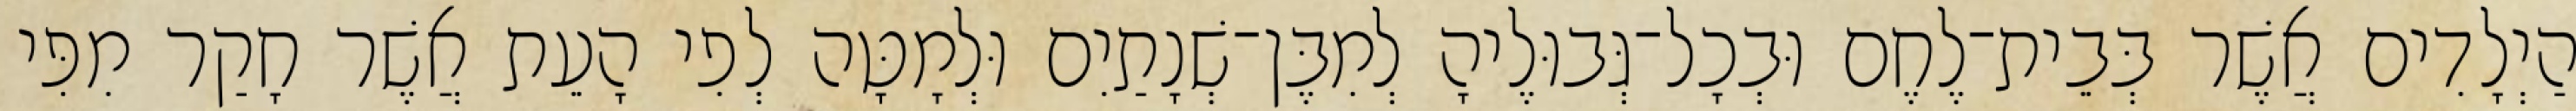
הַיְלָדִים אֲשֶׁר בְּבֵית־לֶחֶם וּבְכָל־גְּבוּלֶיהָ לְמִבֶּן־שְׁנָתַיִם וּלְמָטָּה לְפִי הָעֵת אֲשֶׁר חָקַר מִפִּי